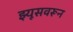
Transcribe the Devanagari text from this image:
झ्यूसवरून